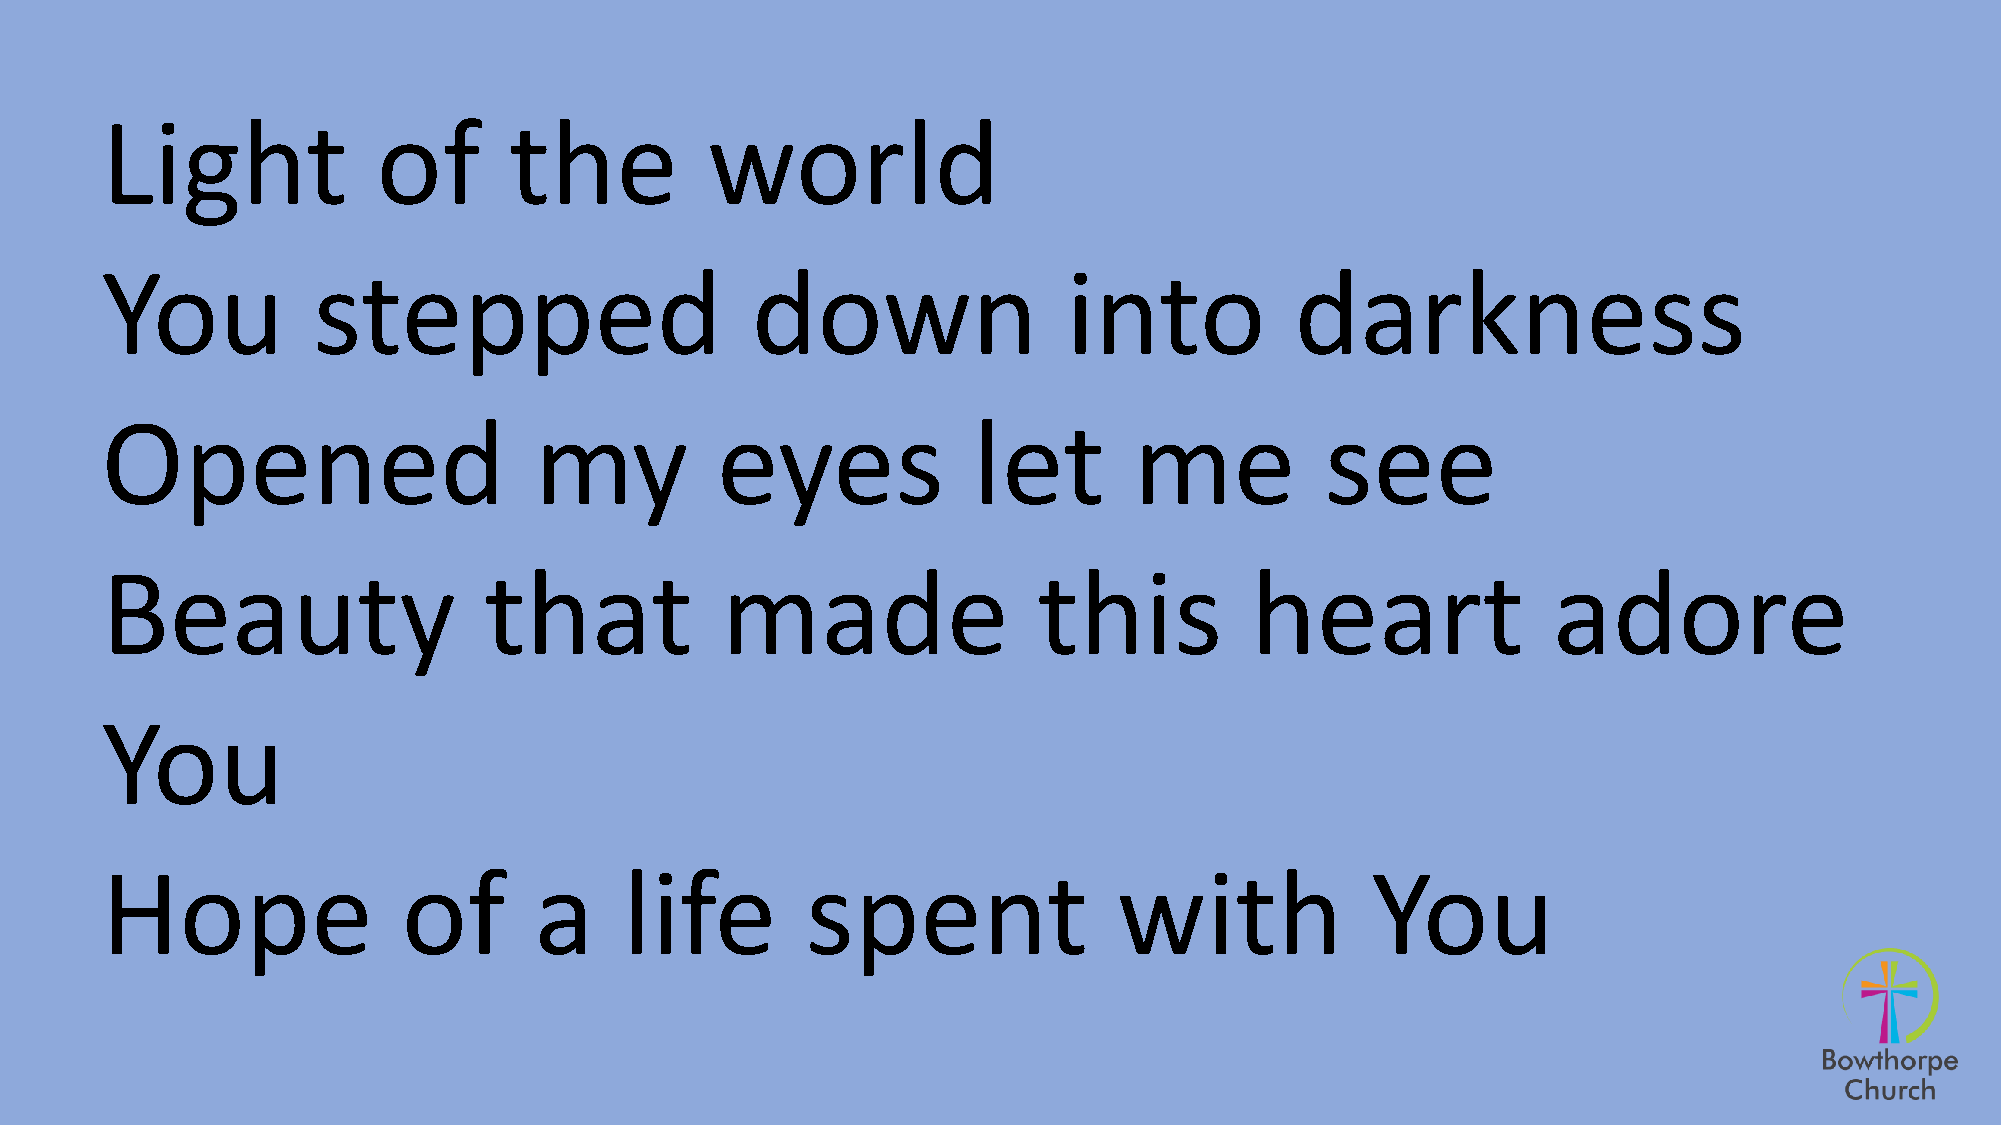
Light             of       the          world
 You           stepped                      down                 into           darkness
 Opened                      my          eyes             let        me           see
 Beauty                   that            made                 this          heart               adore
 You
 Hope                of      a     life        spent                with             You